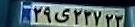
۲۹ی۲۳۷۲۳